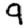
Digit: 9